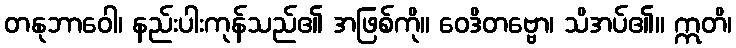
တနုဘာဝေါ၊ နည်းပါးကုန်သည်၏ အဖြစ်ကို။ ဝေဒိတဗ္ဗော၊ သိအပ်၏။ ဣတိ၊